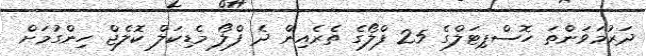
ދަރުމަވަންތަ ހޮސްޕިޓަލްގެ 25 ފްލޯގެ ތެރެއިން ދެ ފްލޯ މެޑިކަލް ކޮލެޖް ހިންގުމަށް